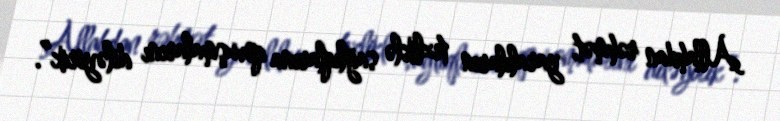
Allahdan rəhmət, yaralıların tezliklə sağlıqlarına qovuşmalarını diləyirik”.